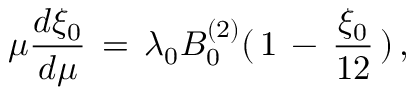
\mu { \frac { d \xi _ { 0 } } { d \mu } } \, = \, \lambda _ { 0 } B _ { 0 } ^ { ( 2 ) } ( \, 1 \, - \, { \frac { \xi _ { 0 } } { 1 2 } } \, ) \, ,